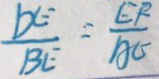
\frac { D E } { B E } = \frac { E F } { A C }